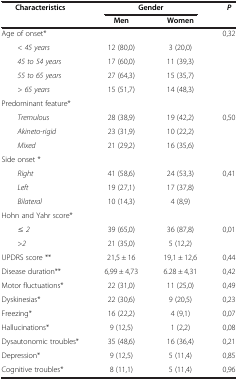
<table><thead><tr><td><b>Characteristics</b></td><td colspan="2"><b>Gender</b></td><td><b><i>P</i></b></td></tr><tr><td><b> </b></td><td><b>Men</b></td><td><b>Women</b></td><td><b> </b></td></tr></thead><tbody><tr><td>Age of onset*</td><td> </td><td> </td><td>0,32</td></tr><tr><td>&lt; <i>45 years</i></td><td>12 (80,0)</td><td>3 (20,0)</td><td> </td></tr><tr><td><i>45 to 54 years</i></td><td>17 (60,0)</td><td>11 (39,3)</td><td> </td></tr><tr><td><i>55 to 65 years</i></td><td>27 (64,3)</td><td>15 (35,7)</td><td> </td></tr><tr><td>&gt; <i>65 years</i></td><td>15 (51,7)</td><td>14 (48,3)</td><td> </td></tr><tr><td>Predominant feature*</td><td> </td><td> </td><td> </td></tr><tr><td><i>Tremulous</i></td><td>28 (38,9)</td><td>19 (42,2)</td><td>0,50</td></tr><tr><td><i>Akineto</i>-<i>rigid</i></td><td>23 (31,9)</td><td>10 (22,2)</td><td> </td></tr><tr><td><i>Mixed</i></td><td>21 (29,2)</td><td>16 (35,6)</td><td> </td></tr><tr><td>Side onset *</td><td> </td><td> </td><td> </td></tr><tr><td><i>Right</i></td><td>41 (58,6)</td><td>24 (53,3)</td><td>0,41</td></tr><tr><td><i>Left</i></td><td>19 (27,1)</td><td>17 (37,8)</td><td> </td></tr><tr><td><i>Bilateral</i></td><td>10 (14,3)</td><td>4 (8,9)</td><td> </td></tr><tr><td>Hohn and Yahr score*</td><td> </td><td> </td><td> </td></tr><tr><td>≤ <i>2</i></td><td>39 (65,0)</td><td>36 (87,8)</td><td>0,01</td></tr><tr><td>&gt;<i>2</i></td><td>21 (35,0)</td><td>5 (12,2)</td><td> </td></tr><tr><td>UPDRS score **</td><td>21,5 ± 16</td><td>19,1 ± 12,6</td><td>0,44</td></tr><tr><td>Disease duration**</td><td>6,99 ± 4,73</td><td>6.28 ± 4,31</td><td>0,42</td></tr><tr><td>Motor fluctuations*</td><td>22 (31,0)</td><td>11 (25,0)</td><td>0,49</td></tr><tr><td>Dyskinesias*</td><td>22 (30,6)</td><td>9 (20,5)</td><td>0,23</td></tr><tr><td>Freezing*</td><td>16 (22,2)</td><td>4 (9,1)</td><td>0,07</td></tr><tr><td>Hallucinations*</td><td>9 (12,5)</td><td>1 (2,2)</td><td>0,08</td></tr><tr><td>Dysautonomic troubles*</td><td>35 (48,6)</td><td>16 (36,4)</td><td>0,21</td></tr><tr><td>Depression*</td><td>9 (12,5)</td><td>5 (11,4)</td><td>0,85</td></tr><tr><td>Cognitive troubles*</td><td>8 (11,1)</td><td>5 (11,4)</td><td>0,96</td></tr></tbody></table>